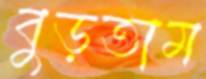
বুড়তাম